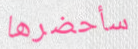
سأحضرها